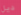
ديل